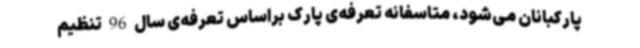
پارکبانان می‌شود، متاسفانه‌ تعرفه‌ی پارک براساس تعرفه‌ی سال 96 تنظیم